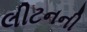
લીટનની